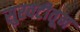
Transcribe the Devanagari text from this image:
सुरवटीतून